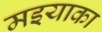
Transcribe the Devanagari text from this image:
मइयाका